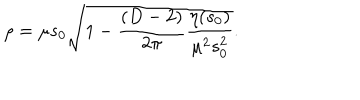
\rho = \mu s _ { 0 } \sqrt { 1 - \frac { ( D - 2 ) } { 2 \pi } \frac { \eta ( s _ { 0 } ) } { \mu ^ { 2 } s _ { 0 } ^ { 2 } } } .